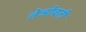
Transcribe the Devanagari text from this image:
तेजोवती